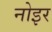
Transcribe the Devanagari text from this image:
नोइर